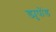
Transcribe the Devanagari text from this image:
ड्युपोंड